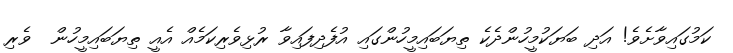
ކަމުގައިވާށެވެ! އަދި ބަޔަކުމީހުންދެކެ ތިޔަބައިމީހުންގައި އުފެދިފައިވާ ރުޅިވެރިކަމެއް އެއީ ތިޔަބައިމީހުން  ވެރި